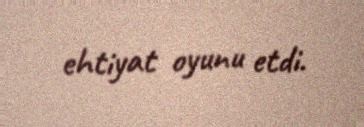
ehtiyat oyunu etdi.